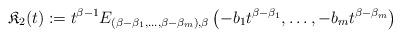
LaTeX: \begin{align*}\mathfrak{K}_2(t):=t^{\beta-1}{E}_{(\beta-\beta_1,\ldots,\beta-\beta_m),\beta}\left( -b_1 t^{\beta-\beta_1},\ldots,-b_m t^{\beta-\beta_m} \right)\end{align*}